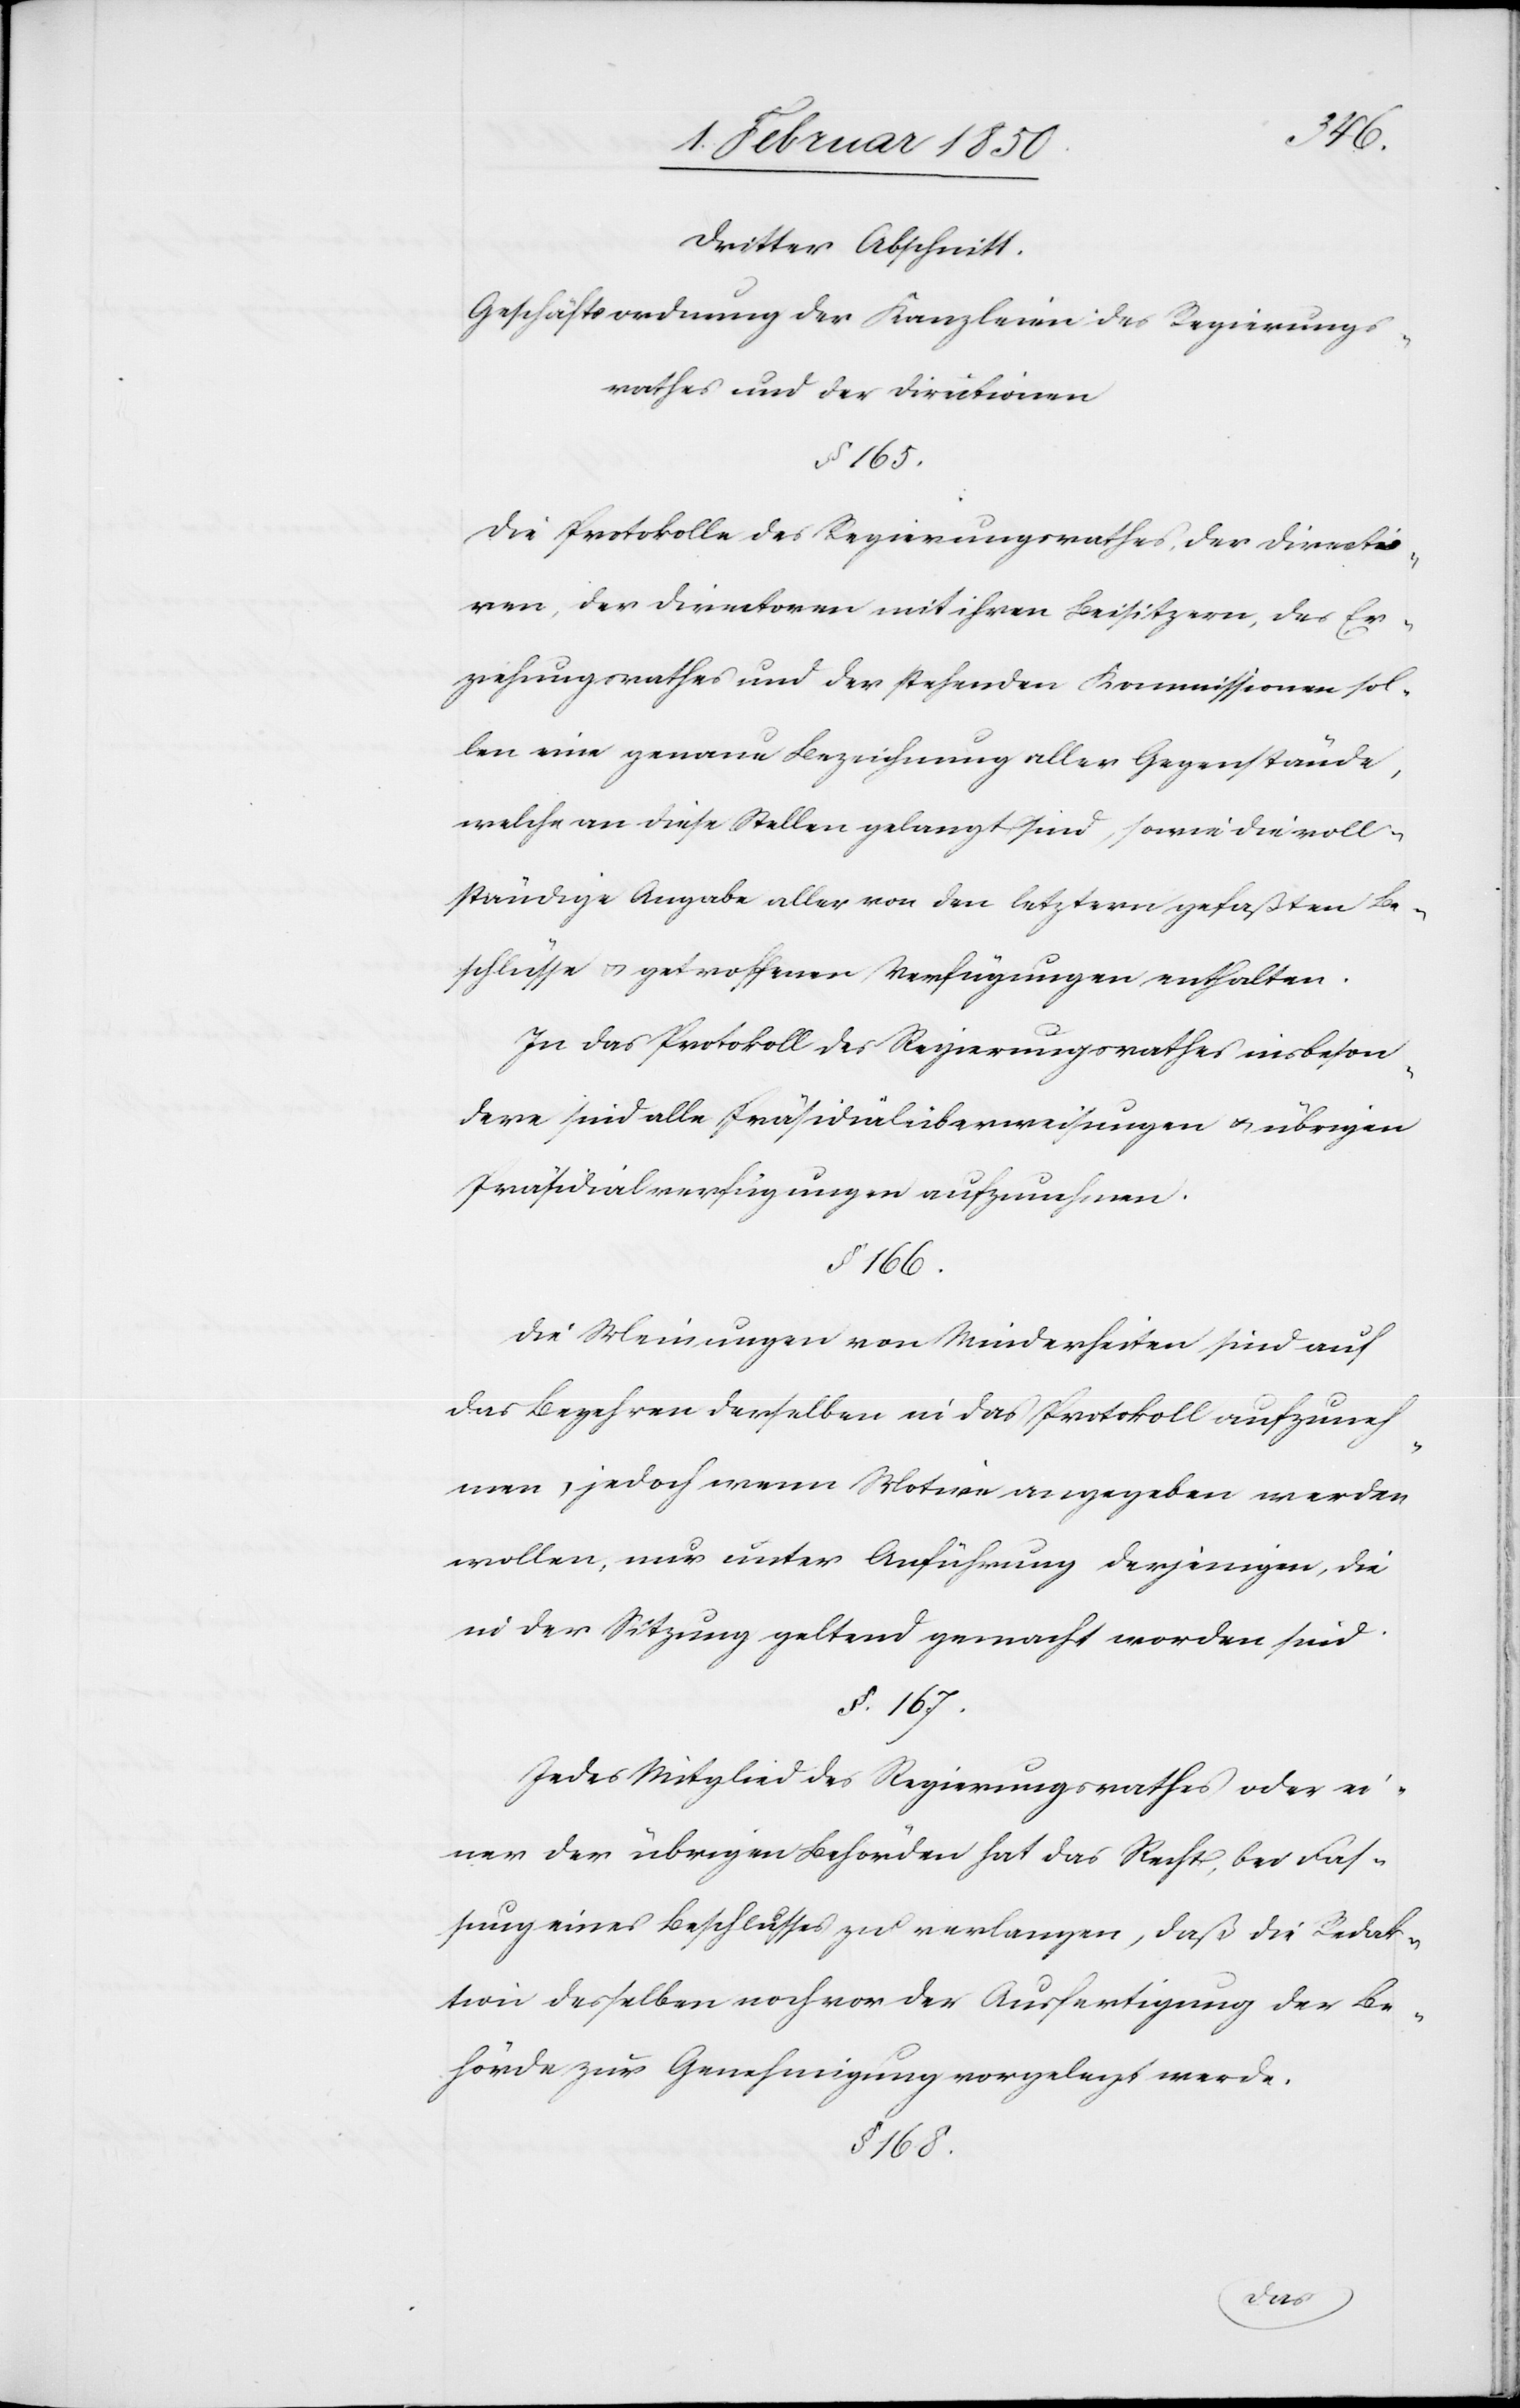
Dritter Abschnitt.
Geschäftsordnung der Kanzleien des Regierungs¬
rathes und der Directionen
§. 165.
Die Protokolle des Regierungsrathes, der Directo¬
ren, der Directoren mit ihren Beisitzern, des Er¬
ziehungsrathes und der stehenden Kommissionen sol¬
len eine genaue Bezeichnung aller Gegenstände,
welche an diese Stellen gelangt sind, sowie die voll¬
ständige Angabe aller von den letztern gefaßten Be¬
schlüsse u. getroffenen Verfügungen enthalten.
In das Protokoll des Regierungsrathes insbeson¬
dere sind alle Präsidialüberweisungen u. übrigen
Präsidialverfügungen aufzunehmen.
§. 166.
Die Meinungen von Minderheiten sind auf
das Begehren derselben in das Protokoll aufzuneh¬
men, jedoch wenn Motive angegeben werden
wollen, nur unter Anführung derjenigen, die
in der Sitzung geltend gemacht worden sind.
§. 167.
Jedes Mitglied des Regierungsrathes oder ei¬
ner der übrigen Behörden hat das Recht, bei Fas¬
sung eines Beschlusses zu verlangen, daß die Redak¬
tion desselben noch vor der Ausfertigung der Be¬
hörde zur Genehmigung vorgelegt werde.
§. 168.